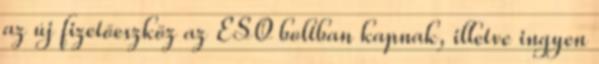
az új fizetőeszköz az ESO boltban kapnak, illetve ingyen